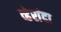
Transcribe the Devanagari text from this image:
व्हेरांदा